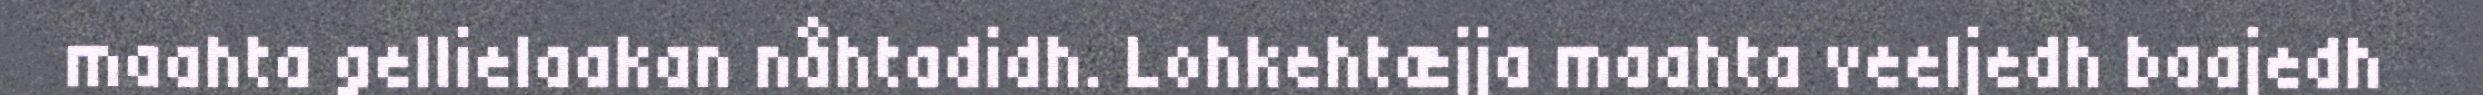
maahta gellielaakan nåhtadidh. Lohkehtæjja maahta veeljedh baajedh